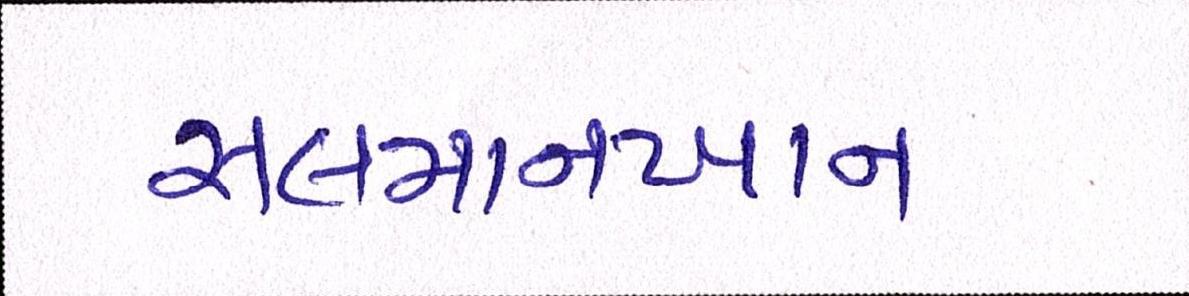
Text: સલમાનખાન